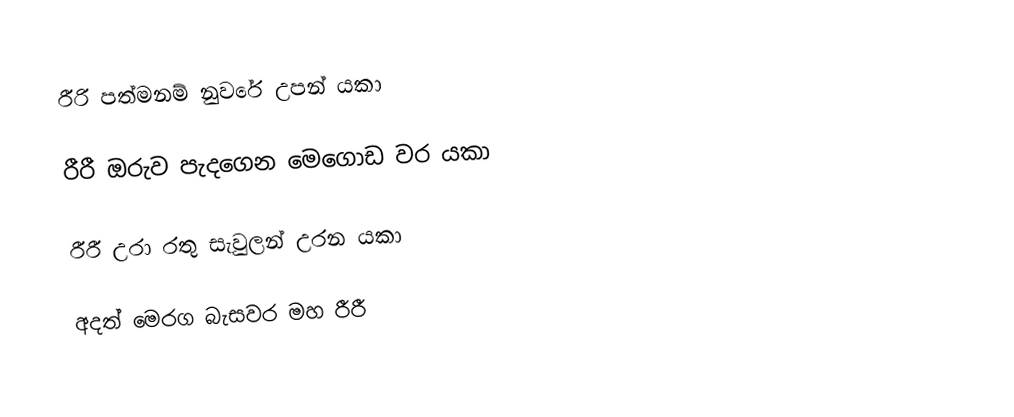
රීරි පත්මනම් නුවරේ උපන් යකා

රීරී ඔරුව පැදගෙන මෙගොඩ වර යකා

රීරී උරා රතු සැවුලන් උරන යකා

අදත් මෙරග බැසවර මහ රීරී